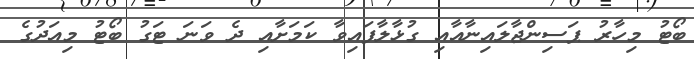
ބޯޓު މިހާރު ޕަސިންޖާލައިނާއާއި ގުޅާލާފައިވާ ކަމަށާއި ދެ ވަނަ ޓަގު ބޯޓު މިއަދުގެ